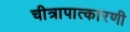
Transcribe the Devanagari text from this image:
चीत्रापात्कारणी